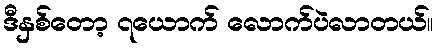
ဒီနှစ်တော့ ၇ယောက် လောက်ပဲလာတယ်။